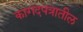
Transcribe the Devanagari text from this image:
कागदपत्रातील